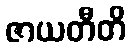
ဇာယတီတိ